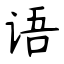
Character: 语